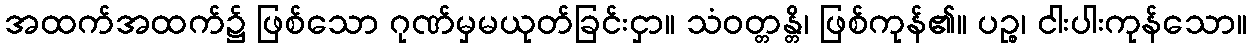
အထက်အထက်၌ ဖြစ်သော ဂုဏ်မှမယုတ်ခြင်းငှာ။ သံဝတ္တန္တိ၊ ဖြစ်ကုန်၏။ ပဉ္စ၊ ငါးပါးကုန်သော။